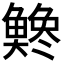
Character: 𫙭